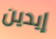
إيدين